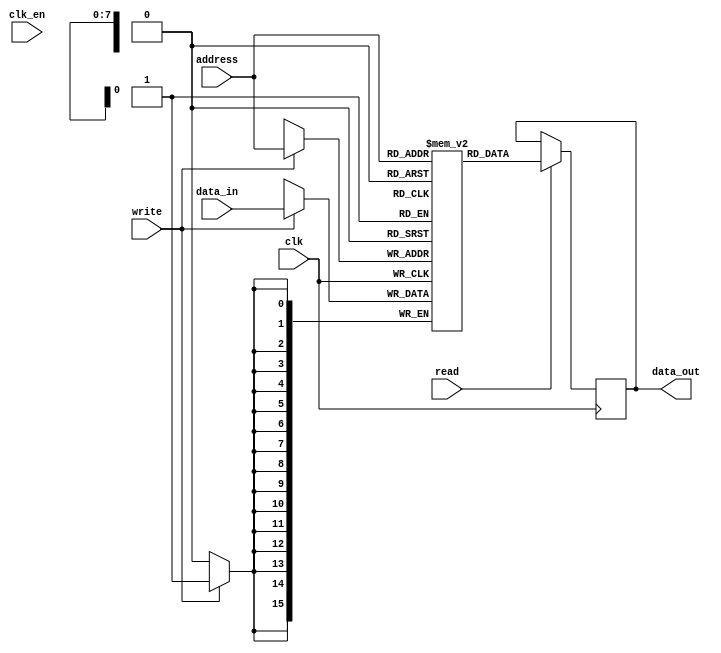
module memory_block (
    input wire clk,
    input wire clk_en,
    input wire [7:0] address,
    input wire [15:0] data_in,
    output reg [15:0] data_out,
    input wire read,
    input wire write
);
    // Memory storage (example: 256x16 bits)
    reg [15:0] memory [0:255];

    always @(posedge clk) begin
        if (write) begin
            memory[address] <= data_in; // Write operation
        end
        if (read) begin
            data_out <= memory[address]; // Read operation
        end
    end
endmodule